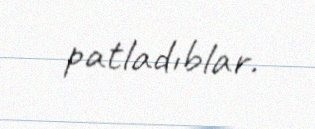
patladıblar.